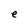
Character: e